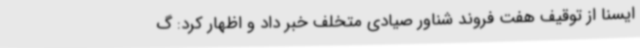
ایسنا از توقیف هفت فروند شناور صیادی متخلف خبر داد و اظهار کرد: گ